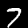
Label: 7